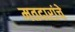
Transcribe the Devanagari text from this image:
मतदारांचे